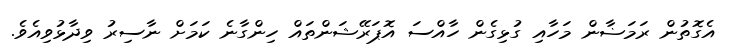
އެގޮތުން ރަމަޟާން މަހާއި ގުޅިގެން ހާއްސަ އޮޕަރޭޝަންތައް ހިންގާނެ ކަމަށް ނާސިރު ވިދާޅުވިއެވެ.